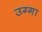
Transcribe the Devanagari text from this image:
उग्गा